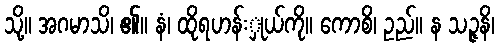
သို့။ အဂမာသိ၊ ၏။ နံ၊ ထိုရဟန်းှုယ်ကို။ ကောစိ၊ ဥည်။ န သဉ္ဇနိ၊